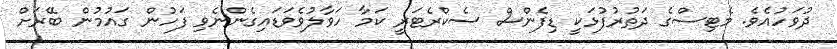
ދުވަހުއެވެ. މެޓިސްގެ ދަތުރުފުޅަކީ ޑިފެންސް ސެކްރެޓަރީ ކަަމާ ހަވާލުވެވަޑައިގެންނެވި ފަހުން ގައުމުން ބޭރަށް